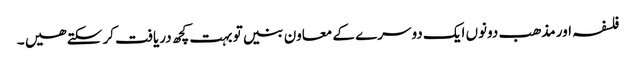
فلسفہ اور مذھب دونوں ایک دوسرے کے معاون بنیں تو بہت کچھ دریافت کر سکتے ھیں ۔